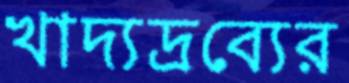
খাদ্যদ্রব্যের